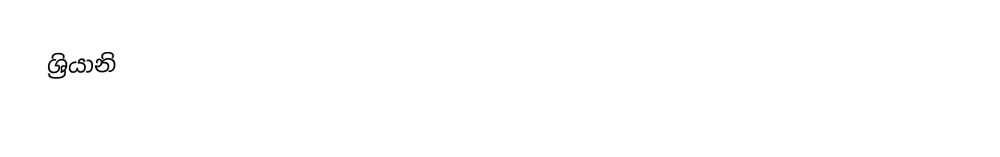
ශ්‍රියානි